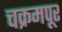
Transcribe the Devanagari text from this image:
चक्रमपूर